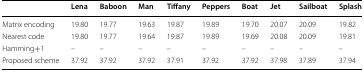
|  | Lena | Baboon | Man | Tiffany | Peppers | Boat | Jet | Sailboat | Splash |
 | --- | --- | --- | --- | --- | --- | --- | --- | --- | --- |
 | Matrix encoding | 19.80 | 19.77 | 19.63 | 19.87 | 19.89 | 19.70 | 20.07 | 20.09 | 19.82 |
 | Nearest code | 19.80 | 19.77 | 19.64 | 19.87 | 19.89 | 19.69 | 20.08 | 20.09 | 19.81 |
 | Hamming+1 | – | – | – | – | – | – | – | – | – |
 | Proposed scheme | 37.92 | 37.92 | 37.92 | 37.91 | 37.92 | 37.92 | 37.98 | 37.89 | 37.94 |